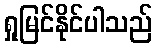
ရှုမြင်နိုင်ပါသည်